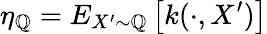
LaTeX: \eta_{\mathbb{Q}}=E_{X^{\prime}\sim\mathbb{Q}}\left[k(\cdot,X^{\prime})\right]